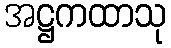
အဋ္ဌကထာသု